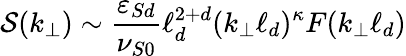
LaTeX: \mathcal{S}(k_{\perp})\sim\frac{\varepsilon_{Sd}}{\nu_{S0}}\ell_{d}^{2+d}(k_{\perp}\ell_{d})^{\kappa}F(k_{\perp}\ell_{d})